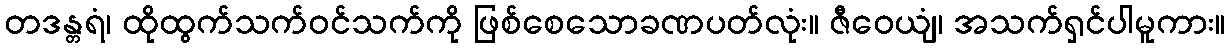
တဒန္တရံ၊ ထိုထွက်သက်ဝင်သက်ကို ဖြစ်စေသောခဏပတ်လုံး။ ဇီဝေယျံ၊ အသက်ရှင်ပါမူကား။